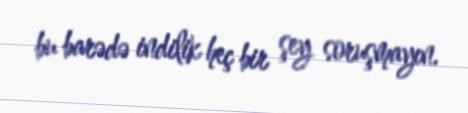
bu barədə indilik heç bir şey soruşmayın.